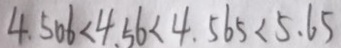
4 . 5 0 6 < 4 . 5 6 < 4 . 5 6 5 < 5 . 6 5